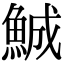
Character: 鯎